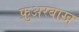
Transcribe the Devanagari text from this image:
फ़ुअरबाख़